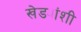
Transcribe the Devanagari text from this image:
खेड्यांशी